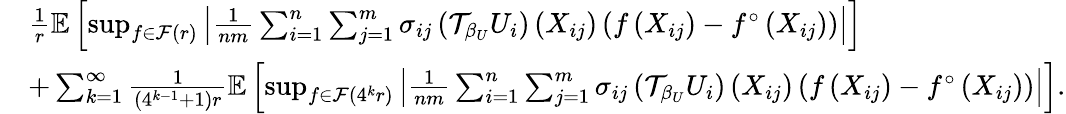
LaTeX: \begin{array}{rl}&{\frac{1}{r}\mathbb{E}\left[\operatorname*{sup}_{f\in\mathcal{F}(r)}\left|\frac{1}{nm}\sum_{i=1}^{n}\sum_{j=1}^{m}\sigma_{ij}\left(\mathcal{T}_{\beta_{U}}U_{i}\right)\left(X_{ij}\right)\left(f\left(X_{ij}\right)-f^{\circ}\left(X_{ij}\right)\right)\right|\right]}\\ &{+\sum_{k=1}^{\infty}\frac{1}{(4^{k-1}+1)r}\mathbb{E}\left[\operatorname*{sup}_{f\in\mathcal{F}(4^{k}r)}\left|\frac{1}{nm}\sum_{i=1}^{n}\sum_{j=1}^{m}\sigma_{ij}\left(\mathcal{T}_{\beta_{U}}U_{i}\right)\left(X_{ij}\right)\left(f\left(X_{ij}\right)-f^{\circ}\left(X_{ij}\right)\right)\right|\right].}\end{array}